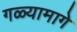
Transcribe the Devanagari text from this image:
गळ्यामागे